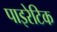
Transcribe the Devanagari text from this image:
पाइरेटिक